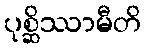
ပုစ္ဆိဿာမီတိ